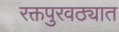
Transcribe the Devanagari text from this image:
रक्तपुरवठ्यात